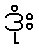
ဒုံး